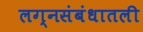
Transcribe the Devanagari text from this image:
लग्नसंबंधातली